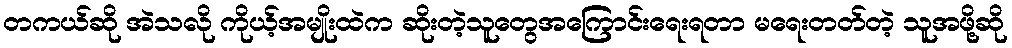
တကယ်ဆို အဲသလို ကိုယ့်အမျိုးထဲက ဆိုးတဲ့သူတွေအကြောင်းရေးရတာ မရေးတတ်တဲ့ သူအဖို့ဆို